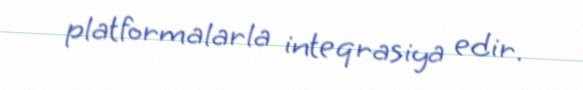
platformalarla inteqrasiya edir.